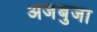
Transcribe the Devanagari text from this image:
अजंबुजा